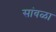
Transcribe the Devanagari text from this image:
सांवळा